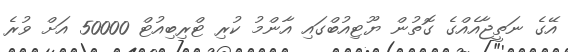
އޭގެ ނަތީޖާއެއްގެ ގޮތުން ޔޫޓިއުބްގައި އާންމު ކުރި ޓްރިބިއުޓް 50000 އަށް ވުރެ